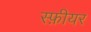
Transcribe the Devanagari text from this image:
स्फ़ीयर